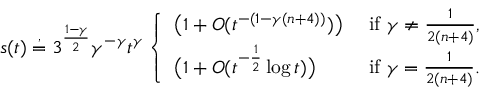
s ( t ) \stackrel { , } { = } 3 ^ { \frac { 1 - \gamma } { 2 } } \gamma ^ { - \gamma } t ^ { \gamma } \left\{ \begin{array} { l l } { \big ( 1 + O ( t ^ { - ( 1 - \gamma ( n + 4 ) ) } ) \big ) } & { \mathrm { ~ i f ~ } \gamma \ne \frac { 1 } { 2 ( n + 4 ) } , } \\ { \big ( 1 + O ( t ^ { - \frac 1 2 } \log t ) \big ) } & { \mathrm { ~ i f ~ } \gamma = \frac { 1 } { 2 ( n + 4 ) } . } \end{array} \right.